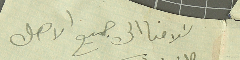
سَلامنا الى جميع الاهل